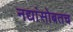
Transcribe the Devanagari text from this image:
नद्यांसोबतच